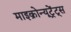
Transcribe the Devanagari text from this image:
माइक्रोन्यूट्रेंट्स